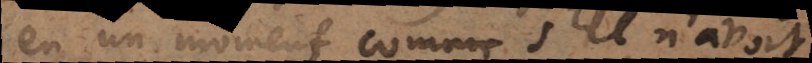
en un moment comme s’il n’avoit